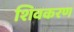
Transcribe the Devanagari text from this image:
शिवकरण